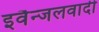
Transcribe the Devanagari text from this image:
इवैन्जलवादी